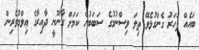
ބައެއް ފަހަރު ގެންގުޅެވޭ ތިލަ ވިސްނުމުގެ ސަބަބުން ކަމަށް ގާނޫނީ ދާއިރާގެ ޢިލްމުވެރިން